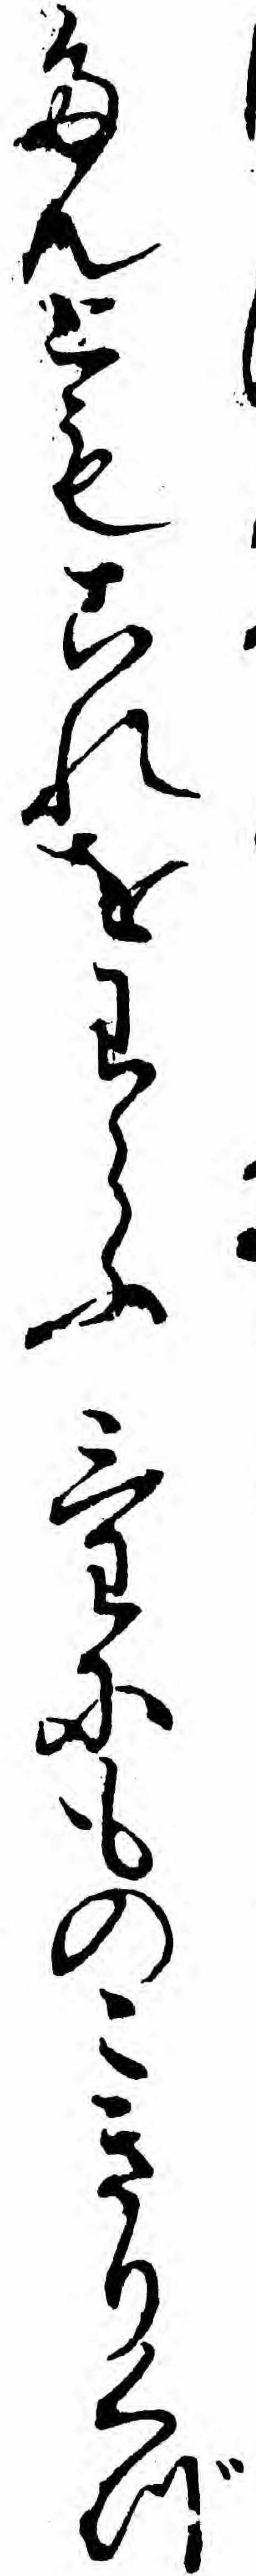
たんともこれをわらふけにものこきりくづ